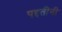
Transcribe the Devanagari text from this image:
पद्दतींनी